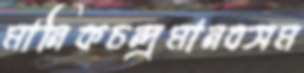
মানিকচন্দ্রমানবসম